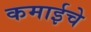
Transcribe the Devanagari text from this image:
कमाईचे